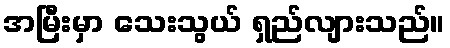
အမြီးမှာ သေးသွယ် ရှည်လျားသည်။